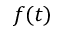
f ( t )